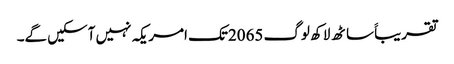
تقریباََ ساٹھ لاکھ لوگ 2065تک امریکہ نہیں آسکیں گے۔